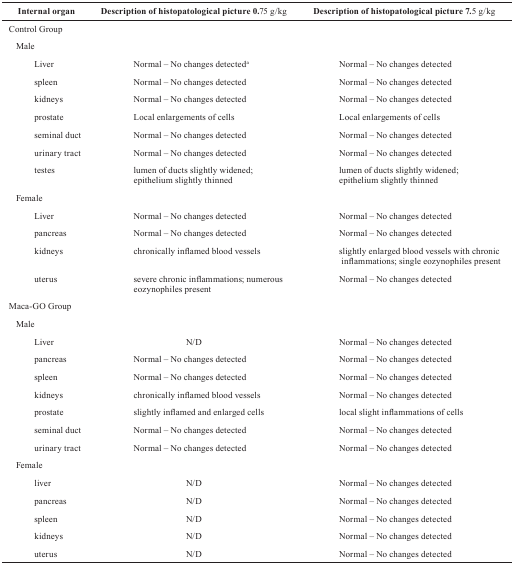
| Internal organ | Description of histopatological picture 0.75 g/kg | Description of histopatological picture 7.5 g/kg |
 | --- | --- | --- |
 | <COLSPAN=3> Control Group |
 | <COLSPAN=3> Male |
 | Liver | Normal – No changes detecteda | Normal – No changes detected |
 | spleen | Normal – No changes detected | Normal – No changes detected |
 | kidneys | Normal – No changes detected | Normal – No changes detected |
 | prostate | Local enlargements of cells | Local enlargements of cells |
 | seminal duct | Normal – No changes detected | Normal – No changes detected |
 | urinary tract | Normal – No changes detected | Normal – No changes detected |
 | testes | lumen of ducts slightly widened; epithelium slightly thinned | lumen of ducts slightly widened; epithelium slightly thinned |
 | <COLSPAN=3> Female |
 | Liver | Normal – No changes detected | Normal – No changes detected |
 | pancreas | Normal – No changes detected | Normal – No changes detected |
 | kidneys | chronically inflamed blood vessels | slightly enlarged blood vessels with chronic inflammations; single eozynophiles present |
 | uterus | severe chronic inflammations; numerous eozynophiles present | Normal – No changes detected |
 | <COLSPAN=3> Maca-GO Group |
 | <COLSPAN=3> Male |
 | Liver | N/D | Normal – No changes detected |
 | pancreas | Normal – No changes detected | Normal – No changes detected |
 | spleen | Normal – No changes detected | Normal – No changes detected |
 | kidneys | chronically inflamed blood vessels | Normal – No changes detected |
 | prostate | slightly inflamed and enlarged cells | local slight inflammations of cells |
 | seminal duct | Normal – No changes detected | Normal – No changes detected |
 | urinary tract | Normal – No changes detected | Normal – No changes detected |
 | <COLSPAN=3> Female |
 | liver | N/D | Normal – No changes detected |
 | pancreas | N/D | Normal – No changes detected |
 | spleen | N/D | Normal – No changes detected |
 | kidneys | N/D | Normal – No changes detected |
 | uterus | N/D | Normal – No changes detected |